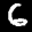
Label: 6